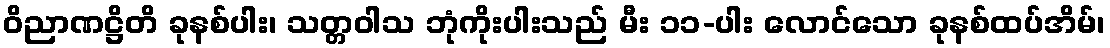
ဝိညာဏဋ္ဌိတိ ခုနစ်ပါး၊ သတ္တဝါသ ဘုံကိုးပါးသည် မီး ၁၁-ပါး လောင်သော ခုနစ်ထပ်အိမ်၊